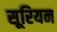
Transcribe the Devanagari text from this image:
सूरियन